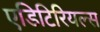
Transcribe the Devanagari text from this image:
एडिटिरियल्स